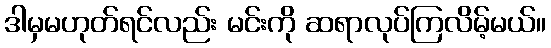
ဒါမှမဟုတ်ရင်လည်း မင်းကို ဆရာလုပ်ကြလိမ့်မယ်။